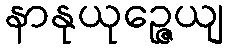
နာနုယုဉ္ဇေယျ